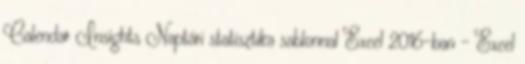
Calendar Insights Naptári statisztika sablonnal Excel 2016-ban - Excel